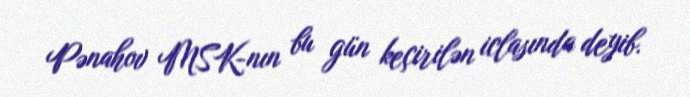
Pənahov MSK-nın bu gün keçirilən iclasında deyib.